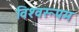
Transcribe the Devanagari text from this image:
विश्‍वरूपम